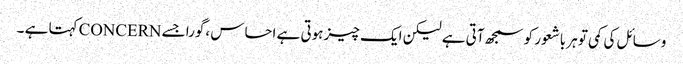
وسائل کی کمی تو ہر باشعور کو سمجھ آتی ہے لیکن ایک چیز ہوتی ہے احساس ،گورا جسے CONCERNکہتا ہے ۔